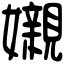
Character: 𡤅